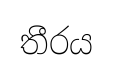
තීරය